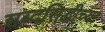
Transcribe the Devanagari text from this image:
शब्दसिद्धीच्या